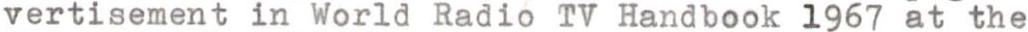
vertisement in World Radio TV Handbook 1967 at the